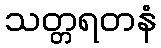
သတ္တရတနံ